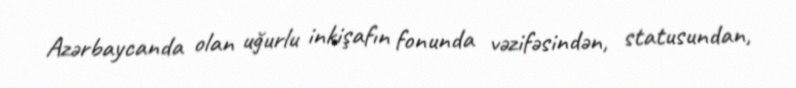
Azərbaycanda olan uğurlu inkişafın fonunda vəzifəsindən, statusundan,